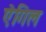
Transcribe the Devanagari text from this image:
ऐगिल